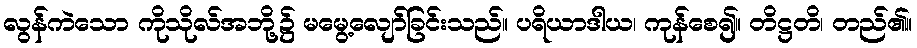
လွန်ကဲသော ကိုသိုလ်အဘို့၌ မမွေ့လျော်ခြင်းသည်။ ပရိယာဒါယ၊ ကုန်စေ၍။ တိဋ္ဌတိ၊ တည်၏။